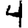
Digit: 4